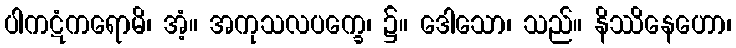
ပါကဋံကရောမိ၊ အံ့။ အကုသလပက္ခေ၊ ၌။ ဒေါသော၊ သည်။ နိဿိနေဟော၊